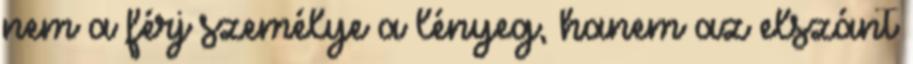
nem a férj személye a lényeg, hanem az elszánt